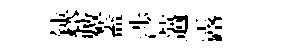
鋏藪蓋渉薖露